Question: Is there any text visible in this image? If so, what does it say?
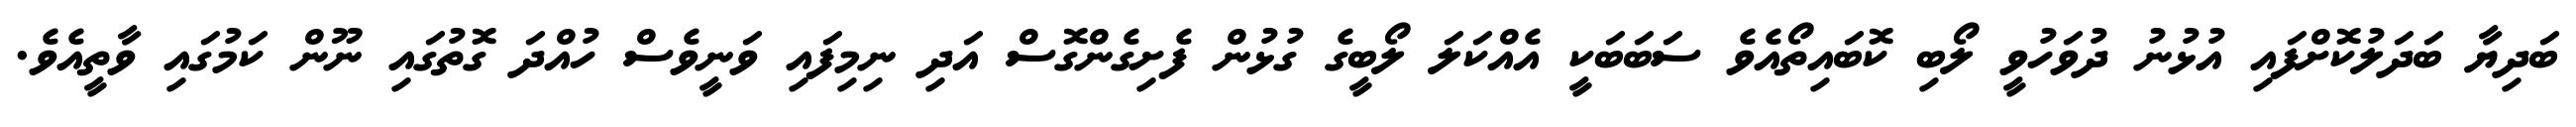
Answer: ބަދިޔާ ބަދަލުކޮށްފައި އުޅުނު ދުވަހުވީ ލޯބި ކޮބައިތޯއެވެ ސަބަބަކީ އެއްކަލަ ލޯބީގެ ގުޅުން ފެށިގެންގޮސް އަދި ނިމިފައި ވަނީވެސް ހުއްދަ ގޮތުގައި ނޫން ކަމުގައި ވާތީއެވެ.